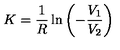
K = \frac { 1 } { R } \ln \left( - \frac { V _ { 1 } } { V _ { 2 } } \right)